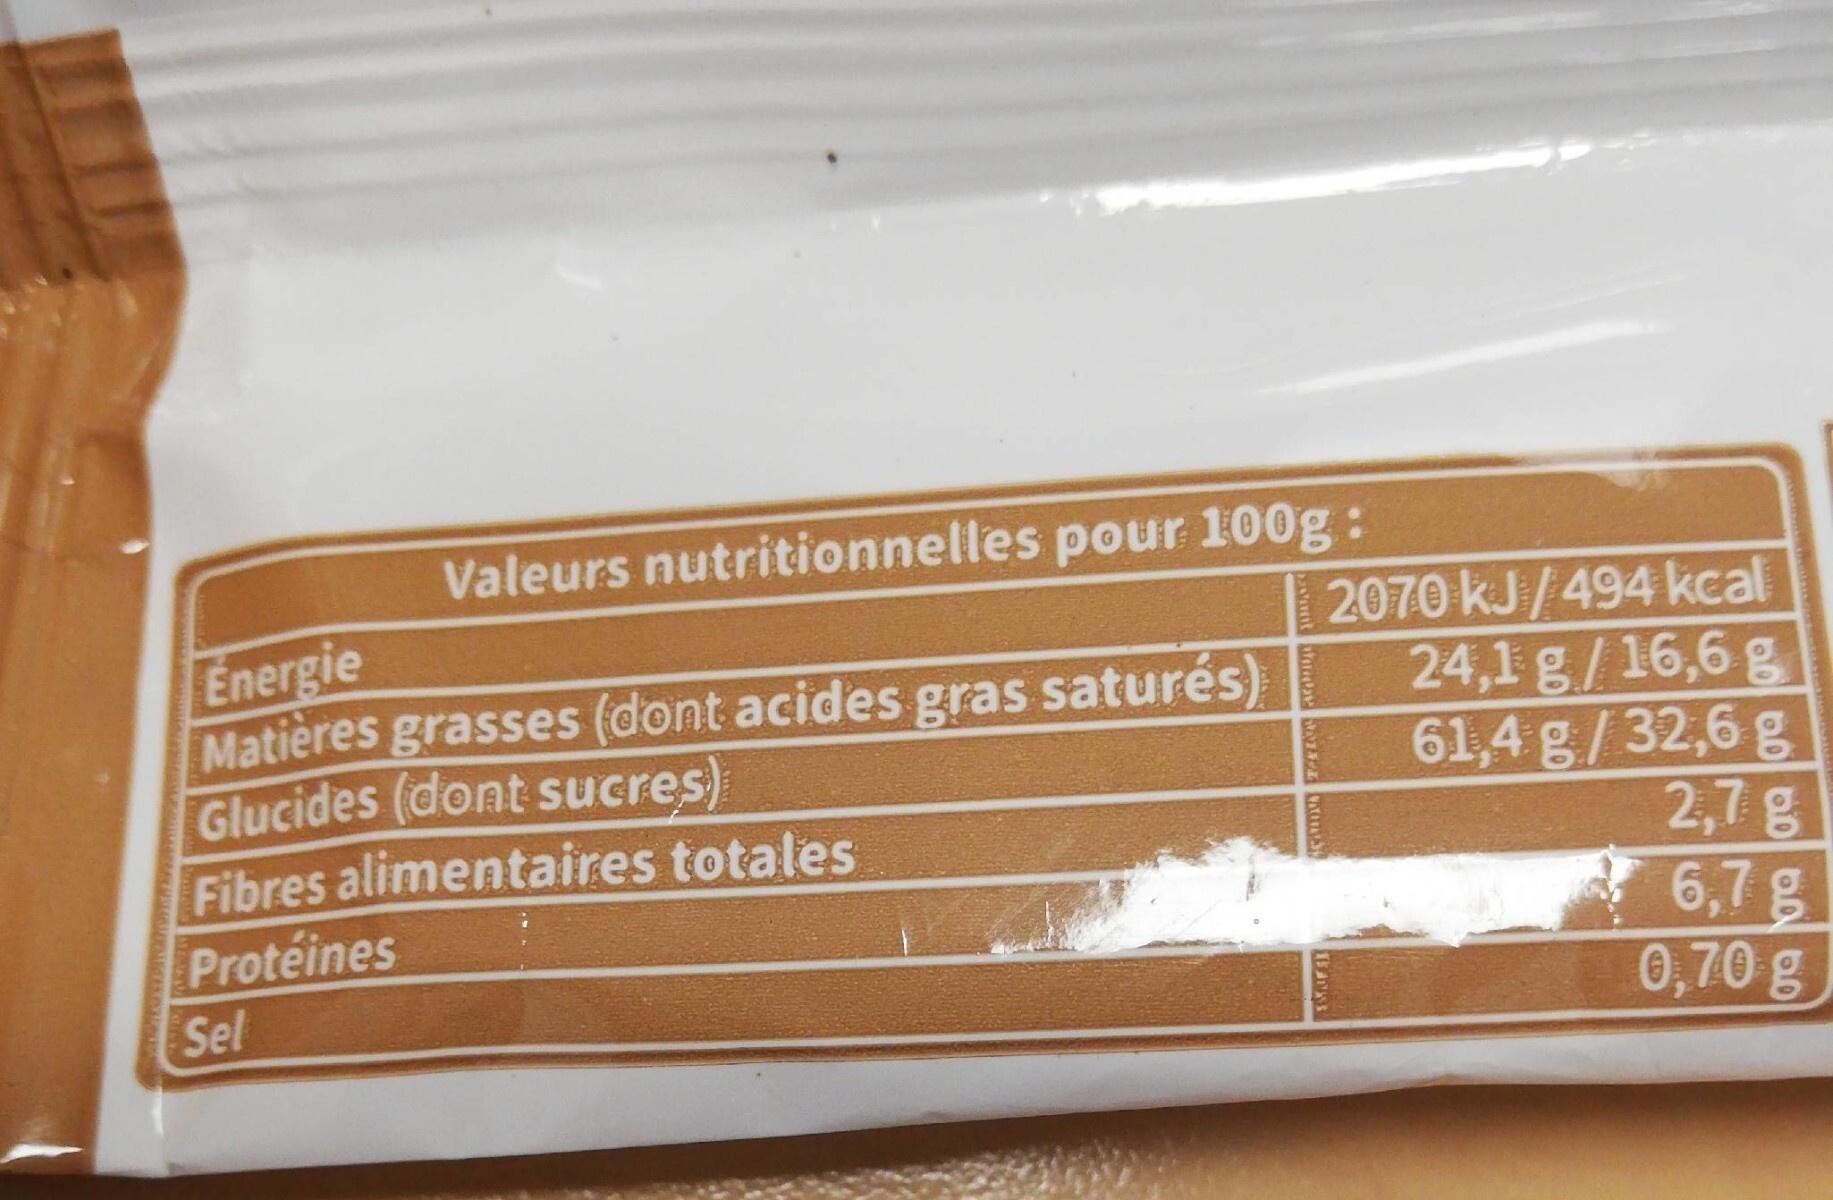
Valeurs nutritionnelles pour 100g:
Energie
Matières grasses (dont acides gras saturés) Glucides (dont sucres)
Fibres alimentaires totales
Protéines
Sel
CALINA PRIOR
2070 kJ/494 kcal
24,1 g/16,6 g
61,4 g/32,6 g
2,7 g 6,7 g
0,70 g